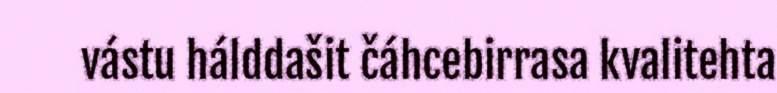
vástu hálddašit čáhcebirrasa kvalitehta